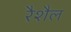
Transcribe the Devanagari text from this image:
रैशैल